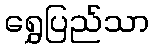
ရွှေပြည်သာ